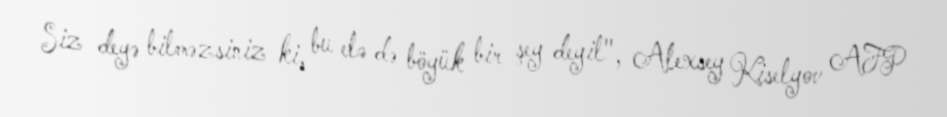
Siz deyə bilməzsiniz ki, bu elə də böyük bir şey deyil", Alexsey Kiselyov AFP